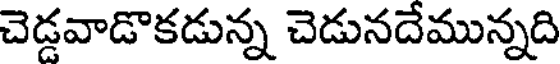
చెడ్డవాడొకడున్న చెడునదేమున్నది